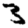
Digit: 3